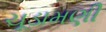
ચૂડામણી